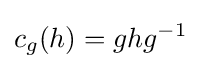
c_{g}(h)=ghg^{-1}